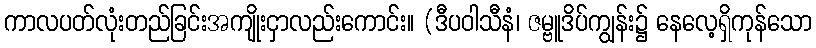
ကာလပတ်လုံးတည်ခြင်းအကျိုးငှာလည်းကောင်း။ (ဒီပဝါသီနံ၊ ဇမ္ဗူဒိပ်ကျွန်း၌ နေလေ့ရှိကုန်သော